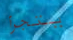
يتجرأ